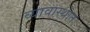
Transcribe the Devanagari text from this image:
व्यावास्थांत